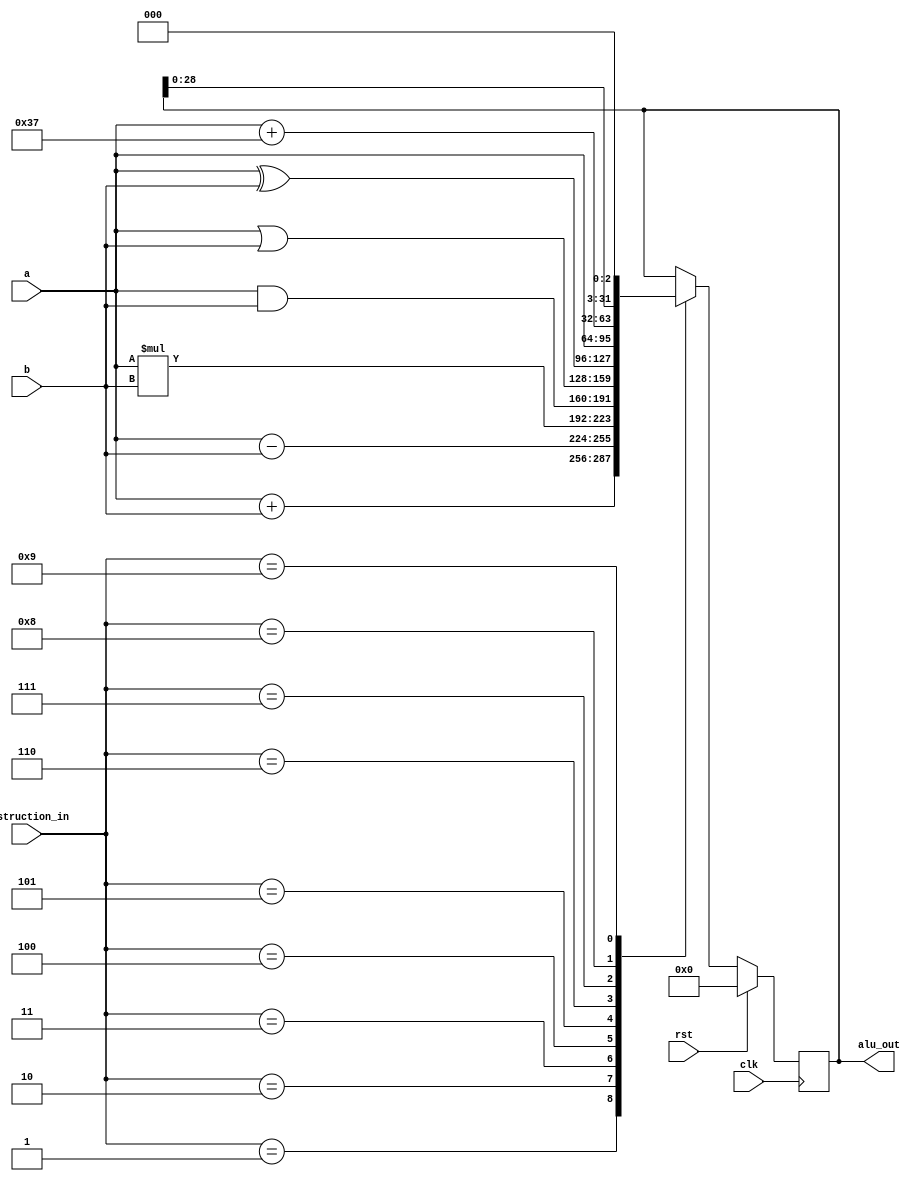
`timescale 1ns / 1ps
//////////////////////////////////////////////////////////////////////////////////
// Company: 
// Engineer: 
// 
// Design Name: 
// Module Name:    ID_ALU 
// Project Name: 
// Target Devices: 
// Tool versions: 
// Description: 
//
// Dependencies: 
//
// Revision: 
// Revision 0.01 - File Created
// Additional Comments: 
//
//////////////////////////////////////////////////////////////////////////////////
module ID_ALU(
    input [31:0] a,b,
	 input [3:0]instruction_in,
    input clk,
    input rst,
    output reg[31:0] alu_out
    );

 

	 
always @(posedge clk)
begin
    if(rst)
	    	 begin
			    
               alu_out <=4'b0000;					
			 
			 end
	 else
	  begin    
	          case(instruction_in)
	         
				4'b0001: alu_out <=a+b;
				
				4'b0010: alu_out <=a-b;
				4'b0011: alu_out <=a*b;
				4'b0100: alu_out <=a&b;
				
				4'b0101: alu_out <=a|b;
				4'b0110: alu_out <=a^b;
				4'b0111: alu_out <=a; // store 
				4'b1000: alu_out <=a+32'd55; //constant value
				4'b1001: alu_out <=alu_out<<3;
			endcase	
	  
	  end
	 
	 
end	 







endmodule